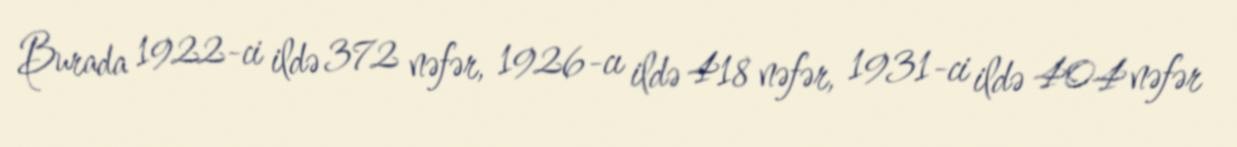
Burada 1922-ci ildə 372 nəfər, 1926-cı ildə 418 nəfər, 1931-ci ildə 404 nəfər